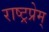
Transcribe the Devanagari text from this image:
राष्ट्रप्रेम्